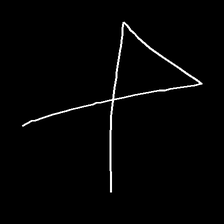
Glyph: collection